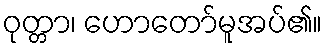
ဝုတ္တာ၊ ဟောတော်မူအပ်၏။